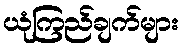
ယုံကြည်ချက်များ